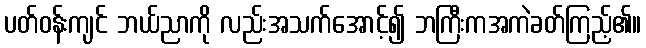
ပတ်ဝန်းကျင် ဘယ်ညာကို လည်းအသက်အောင့်၍ ဘကြီးကအကဲခတ်ကြည့်၏။